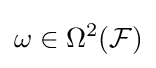
\omega \in {\Omega ^{2}}({\mathcal {F}})